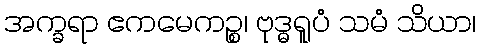
အက္ခရာ ဧကမေကဉ္စ၊ ဗုဒ္ဓရူပံ သမံ သိယာ၊